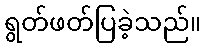
ရွတ်ဖတ်ပြခဲ့သည်။